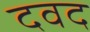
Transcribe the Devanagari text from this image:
दवद